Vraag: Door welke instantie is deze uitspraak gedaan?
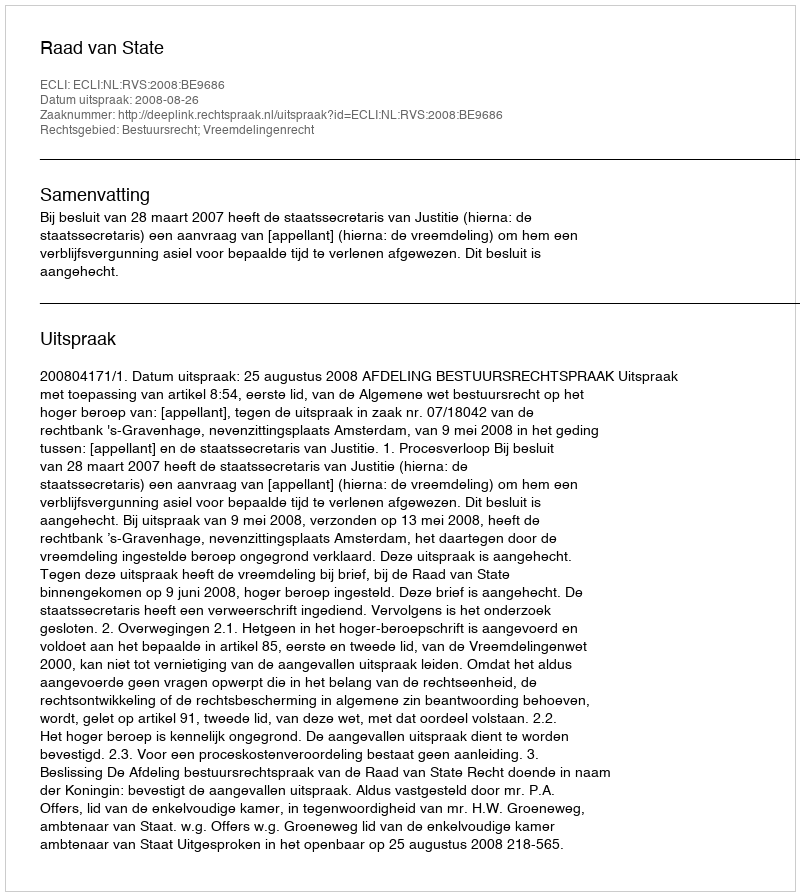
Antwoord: Raad van State